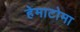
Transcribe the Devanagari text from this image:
हेमाटोमा